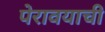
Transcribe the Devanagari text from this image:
पेरावयाची